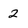
Character: 2